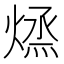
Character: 𭵱